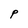
Character: P